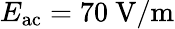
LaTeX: E_{\mathrm{ac}}=70~\mathrm{V/m}